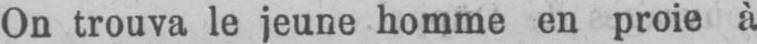
On trouva le jeune homme en proie à